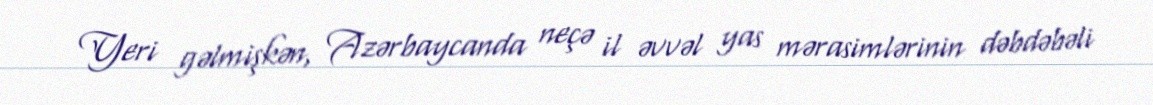
Yeri gəlmişkən, Azərbaycanda neçə il əvvəl yas mərasimlərinin dəbdəbəli